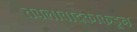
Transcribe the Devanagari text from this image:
तबलावादकाकडून